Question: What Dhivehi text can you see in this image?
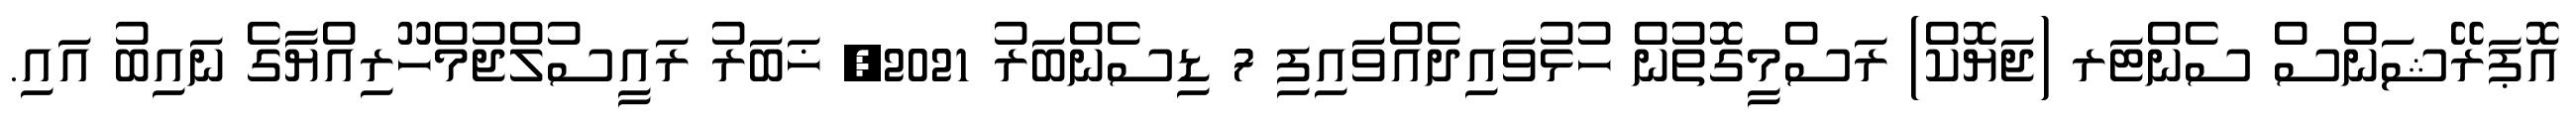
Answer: އޮޕަރޭޝަންސް ސެންޓަރ (ޖަޔޮކް) ރަސްމީގޮތުން ހުޅުވައިދެއްވައިފި 7 ޑިސެންބަރު 2021, ޚަބަރު ރައީސުލްޖުމްހޫރިއްޔާގެ ނައިބު އައި.